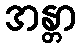
အန္တာ